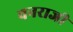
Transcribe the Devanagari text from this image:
वनराजी